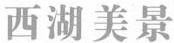
西湖美景